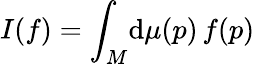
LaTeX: I(f)=\int_{M}\! \mathrm{d}\mu(p)\, f(p)